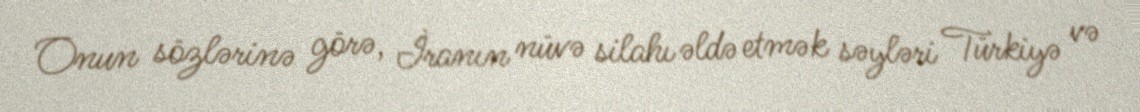
Onun sözlərinə görə, İranın nüvə silahı əldə etmək səyləri Türkiyə və